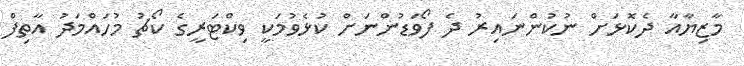
މާޒިޔާއާ ދެކޮޅަށް ނުކުންނައިރު ދެ ފޯވަޑުންނަށް ކުޅެވުމަކީ ވިކްޓަރީގެ ކޯޗު މުހައްމަދު އާތިފް